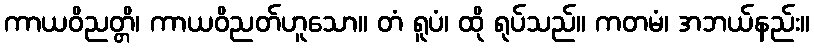
ကာယဝိညတ္တိ၊ ကာယဝိညတ်ဟူသော။ တံ ရူပံ၊ ထို ရုပ်သည်။ ကတမံ၊ အဘယ်နည်း။